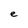
Character: e